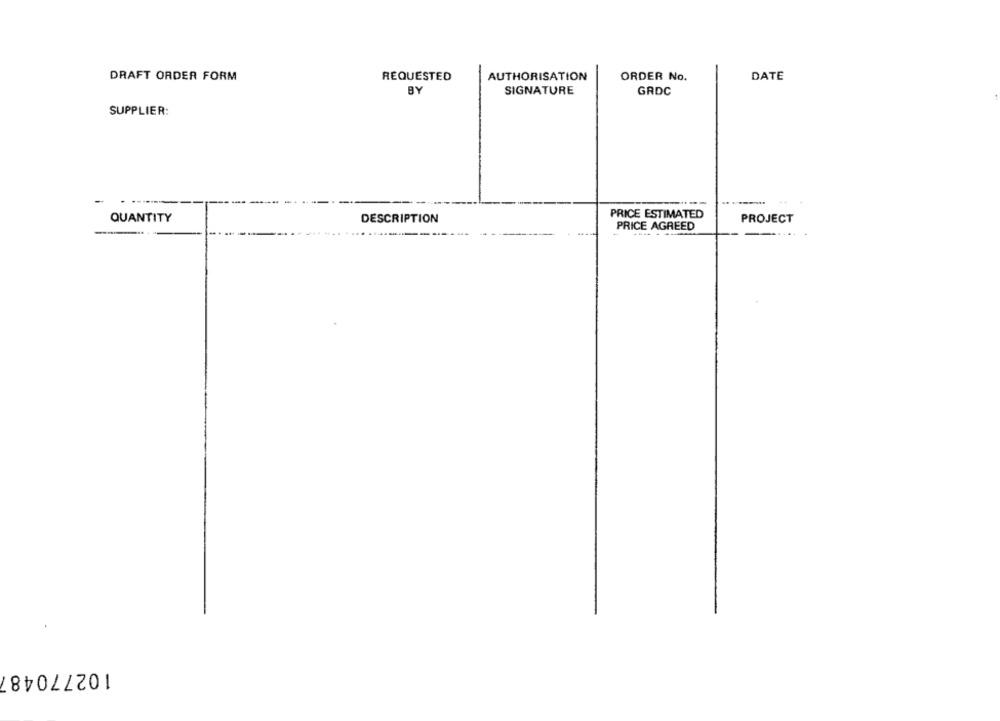
DRAFT ORDER FORM
REQUESTED
AUTHORISATION
ORDER No.
DATE
BY
SIGNATURE
GRDC
SUPPLIER:
PRICE ESTIMATED
QUANTITY
DESCRIPTION
PROJECT
-----
PRICE AGREED
102770487